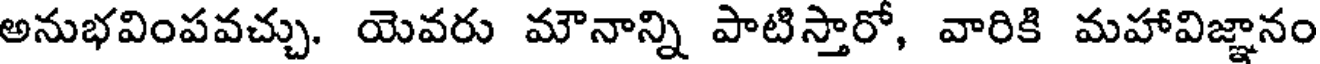
అనుభవింపవచ్చు. యెవరు మౌనాన్ని పాటిస్తారో, వారికి మహావిజ్ఞానం